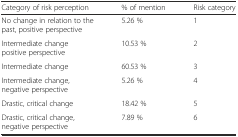
| Category of risk perception | % of mention | Risk category |
 | --- | --- | --- |
 | No change in relation to the past, positive perspective | 5.26 % | 1 |
 | Intermediate change positive perspective | 10.53 % | 2 |
 | Intermediate change | 60.53 % | 3 |
 | Intermediate change, negative perspective | 5.26 % | 4 |
 | Drastic, critical change | 18.42 % | 5 |
 | Drastic, critical change, negative perspective | 7.89 % | 6 |